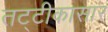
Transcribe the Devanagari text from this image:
तट्टीकासार